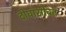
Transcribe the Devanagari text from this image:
दोघांसोबत